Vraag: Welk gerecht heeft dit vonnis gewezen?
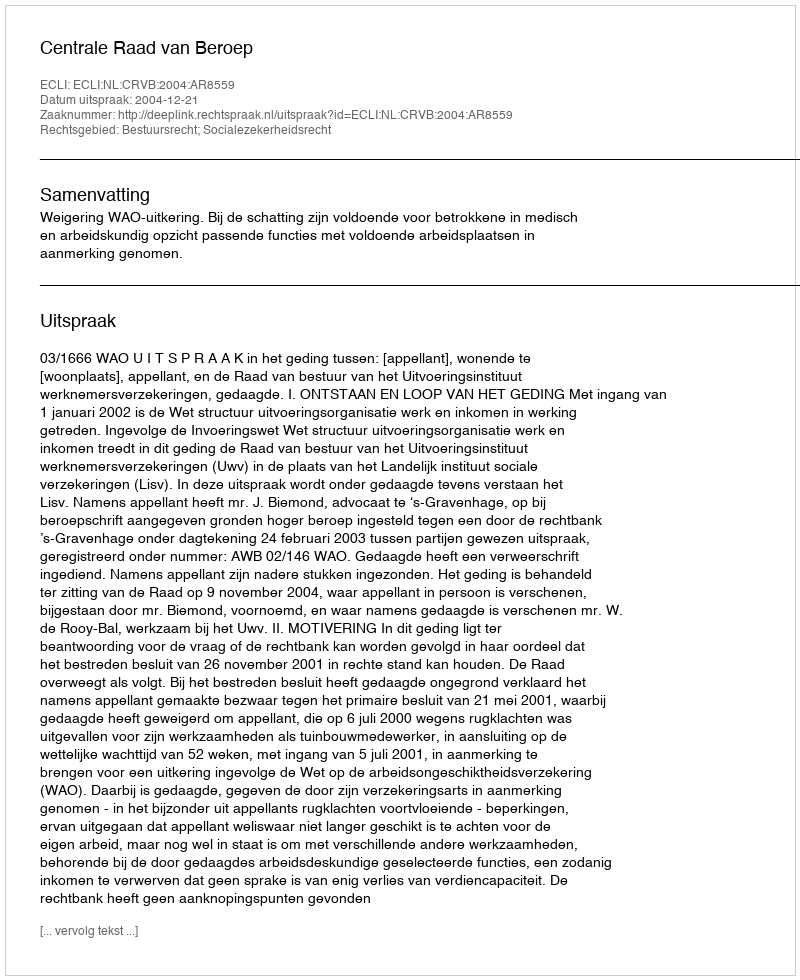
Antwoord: Centrale Raad van Beroep